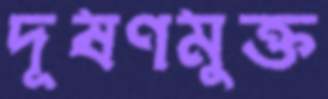
দূষণমুক্ত